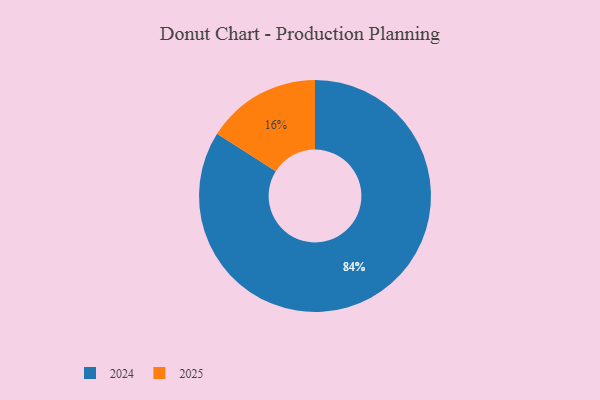
{"axis": {"x": "Category", "y": "Percentage"}, "legend": ["2024", "2025"], "data": [{"x": "2025", "y": 16, "type": "2025"}, {"x": "2024", "y": 84, "type": "2024"}]}